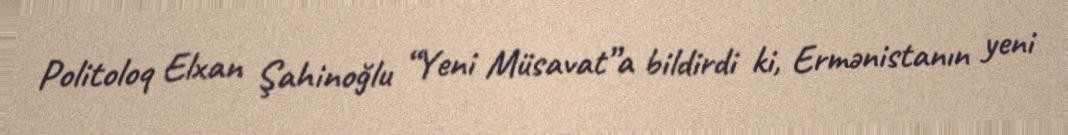
Politoloq Elxan Şahinoğlu “Yeni Müsavat”a bildirdi ki, Ermənistanın yeni